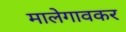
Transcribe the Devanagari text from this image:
मालेगावकर